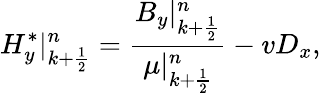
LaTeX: H_{y}^{*}|_{k+\frac{1}{2}}^{n}=\frac{B_{y}|_{k+\frac{1}{2}}^{n}}{\mu|_{k+\frac{1}{2}}^{n}}-vD_{x},